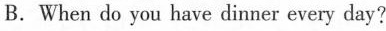
B.When do you have dinner every day?